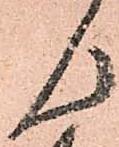
ん